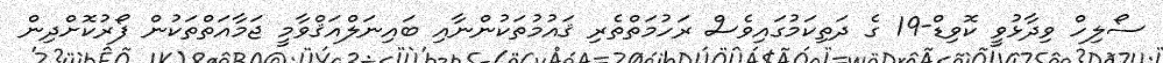
ސޯލިހް ވިދާޅުވީ ކޮވިޑް-19 ގެ ދަތިކަމުގައިވެސް ރަހުމަތްތެރި ޤައުމުތަކުންނާއި ބައިނަލްއަޤްވާމީ ޖަމާއަތްތަކުން ފޯރުކޮށްދިން